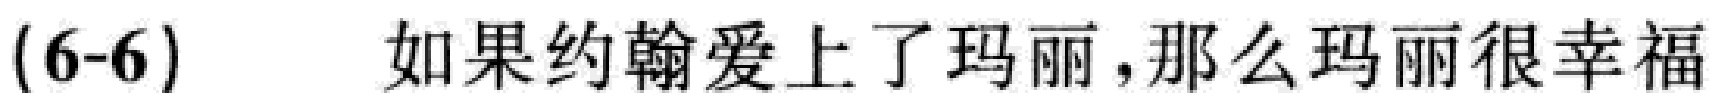
(6-6) \quad 如果约翰爱上了玛丽，那么玛丽很幸福